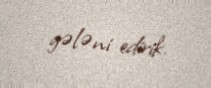
gələni edirik.